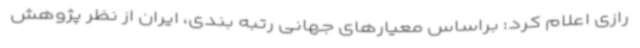
رازی اعلام کرد: براساس معیارهای جهانی رتبه بندی، ایران از نظر پژوهش